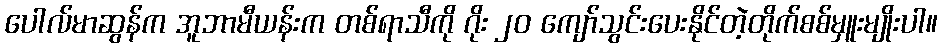
ပေါလ်မာဆွန်က အူဘာမီယန်းက တစ်ရာသီကို ဂိုး ၂၀ ကျော်သွင်းပေးနိုင်တဲ့တိုက်စစ်မှူးမျိုးပါ။